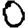
Digit: 0